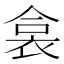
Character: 𧙳